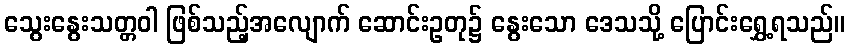
သွေးနွေးသတ္တဝါ ဖြစ်သည့်အလျောက် ဆောင်းဥတု၌ နွေးသော ဒေသသို့ ပြောင်းရွှေ့ရသည်။